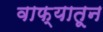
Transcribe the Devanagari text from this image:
वाफ्यातून